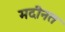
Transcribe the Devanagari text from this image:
मदीनत